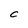
Character: C